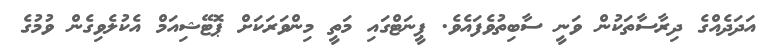
އަދަދެއްގެ ދިރާސާތަކުން ވަނީ ސާބިތުވެފައެވެ. ޕީނަޓްގައި މަތީ މިންވަރަކަށް ޕޮޓޭޝިއަމް އެކުލެވިގެން ވުމުގެ